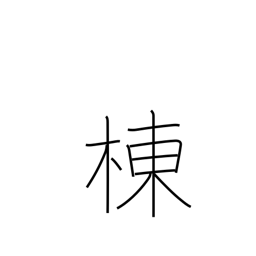
Meaning: ridge